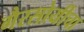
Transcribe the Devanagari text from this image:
गैरसोयीचा